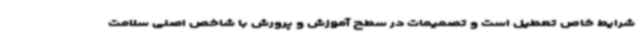
شرایط خاص تعطیل است و تصمیمات در سطح آموزش ‌و پرورش با شاخص اصلی سلامت